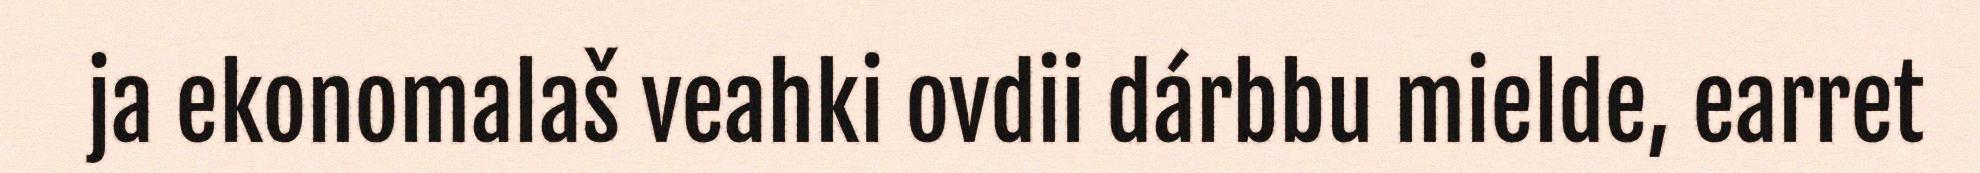
ja ekonomalaš veahki ovdii dárbbu mielde, earret